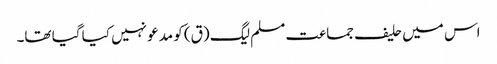
اس میں حلیف جماعت مسلم لیگ (ق) کو مدعو نہیں کیا گیا تھا۔